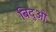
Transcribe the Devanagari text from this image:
बिदुओ